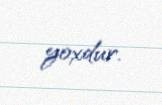
yoxdur.